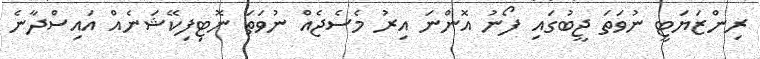
ރިންޒަޔަޓީ ނުވަތަ ޖީބުގައި ފޯނު އޮންނަ އިރު މެސެޖެއް ނުވަތަ ނޮޓިފިކޭޝަނެއް އައިސްދާނެ